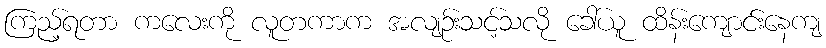
ကြည့်ရတာ ကလေးကို လူတကာက အလျဉ်းသင့်သလို ခေါ်ယူ ထိန်းကျောင်းနေကျ